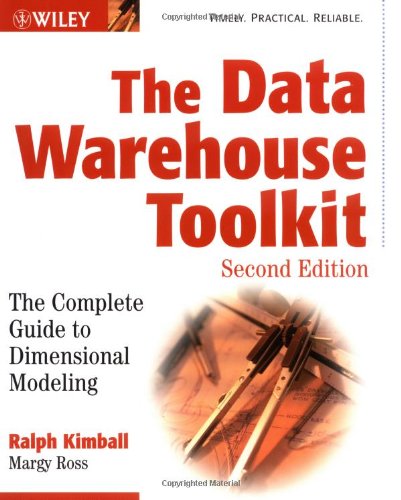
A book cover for The Data Warehouse Toolkit: The Complete Guide to Dimensional Modeling; Ralph Kimball; Computers & Technology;